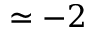
\simeq - 2